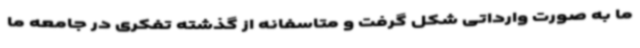
ما به‌ صورت وارداتی شکل گرفت و متاسفانه از گذشته تفکری در جامعه ما